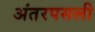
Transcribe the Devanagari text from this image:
अंतरपसली